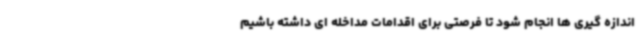
اندازه گیری ها انجام شود تا فرصتی برای اقدامات مداخله ای داشته باشیم